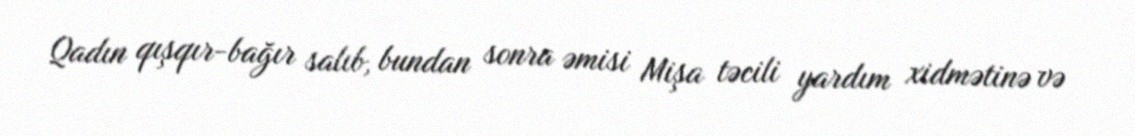
Qadın qışqır-bağır salıb, bundan sonra əmisi Mişa təcili yardım xidmətinə və